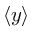
\langle y \rangle